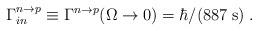
LaTeX: \begin{align*}\Gamma^{n\to p}_{in} \equiv\Gamma^{n\to p}(\Omega\to 0) = \hbar / (887 \; {\rm s} )\;.\end{align*}